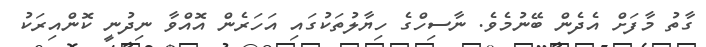
ގާތު މާފަށް އެދެން ބޭނުމެވެ. ނާސިހްގެ ހިޔާލުތަކުގައި އަހަރެން އޮއްވާ ނިދުނީ ކޮންއިރަކު